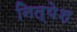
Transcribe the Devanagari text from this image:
नित्येश